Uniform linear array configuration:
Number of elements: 16
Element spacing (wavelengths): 0.75
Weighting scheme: kaiser
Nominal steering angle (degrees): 45
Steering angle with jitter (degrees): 45.341
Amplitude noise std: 0.05
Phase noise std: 0.05

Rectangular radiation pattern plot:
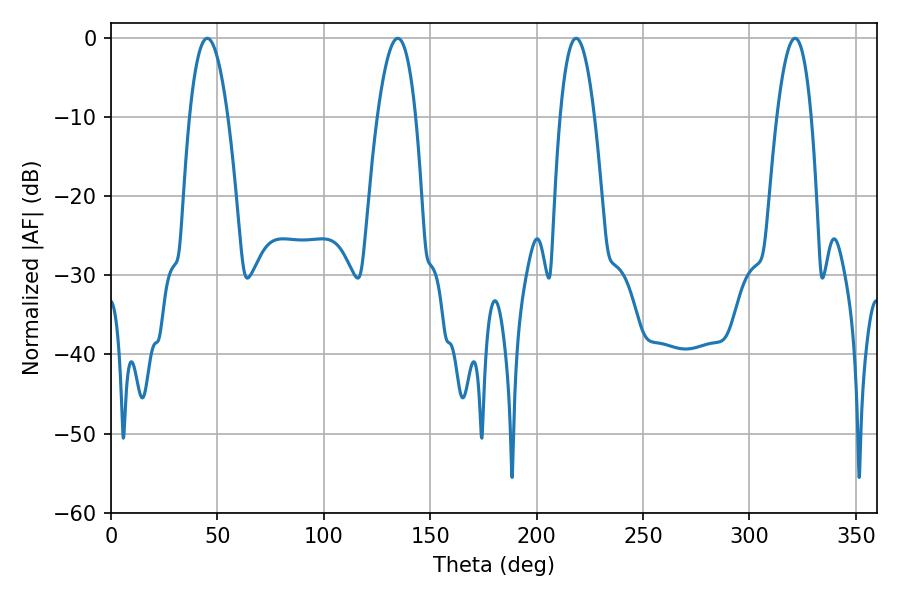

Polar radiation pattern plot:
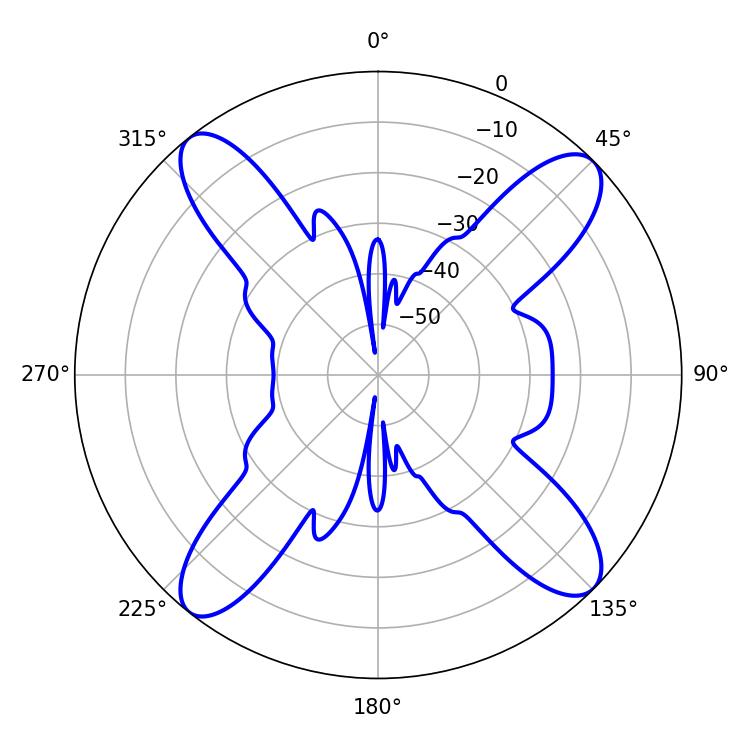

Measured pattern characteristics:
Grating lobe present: TRUE
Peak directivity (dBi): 15.41
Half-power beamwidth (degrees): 9
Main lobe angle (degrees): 218.52